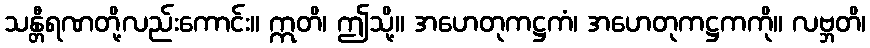
သန္တီရဏတို့လည်းကောင်း။ ဣတိ၊ ဤသို့။ အဟေတုကဋ္ဌကံ၊ အဟေတုကဋ္ဌကကို။ လဗ္ဘတိ၊